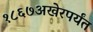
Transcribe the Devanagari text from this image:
१८६७अखेरपर्यंत